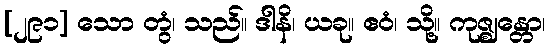
[၂၉၁] သော တွံ၊ သည်။ ဒါနိ၊ ယခု။ ဧဝံ၊ သို့။ ကုဇ္ဈန္တော၊